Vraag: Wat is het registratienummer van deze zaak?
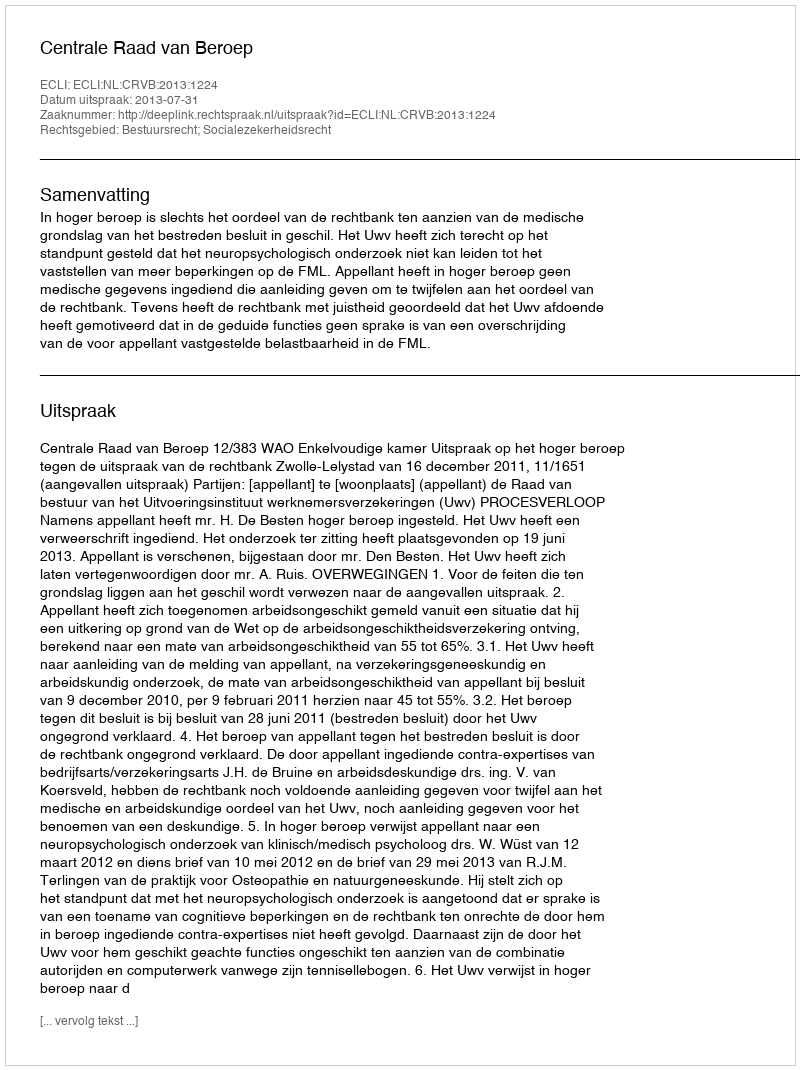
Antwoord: http://deeplink.rechtspraak.nl/uitspraak?id=ECLI:NL:CRVB:2013:1224